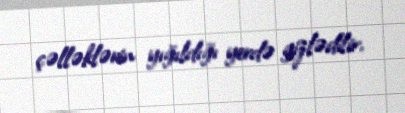
çəlləklərin yığıldığı yerdə gizlədilir.